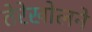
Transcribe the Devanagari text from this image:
तेरेखोलने